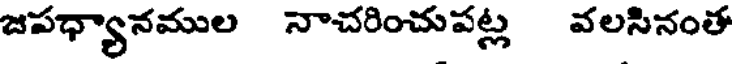
జపధ్యానముల నాచరించుపట్ల వలసినంత